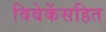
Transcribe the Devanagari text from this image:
विवेकेंसहित